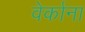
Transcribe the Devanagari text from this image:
वेर्काना